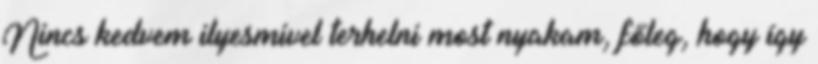
Nincs kedvem ilyesmivel terhelni most nyakam, főleg, hogy így